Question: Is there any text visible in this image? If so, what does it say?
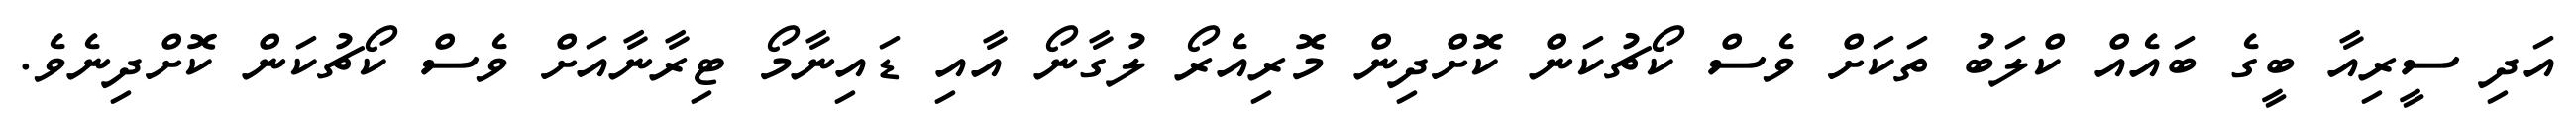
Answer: އަދި ސީރިއާ ބީގެ ބައެއް ކްލަބު ތަކަށް ވެސް ކޯޗުކަން ކޮށްދިން މޮރިއެރޯ ލުގާނޯ އާއި ޑައިނާމޯ ޓިރާނާއަށް ވެސް ކޯޗުކަން ކޮށްދިނެވެ.